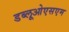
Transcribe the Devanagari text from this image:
डब्लूओएसएम